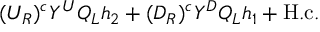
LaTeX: ( U _ { R } ) ^ { c } Y ^ { U } Q _ { L } h _ { 2 } + ( D _ { R } ) ^ { c } Y ^ { D } Q _ { L } h _ { 1 } + \mathrm { H . c . }